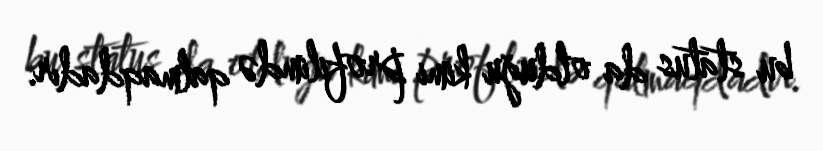
bu status da olduğu kimi profilimdə qalmaqdadır.